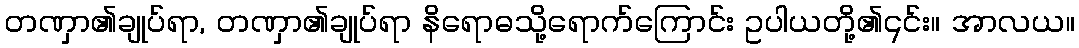
တဏှာ၏ချုပ်ရာ, တဏှာ၏ချုပ်ရာ နိရောဓသို့ရောက်ကြောင်း ဥပါယတို့၏၎င်း။ အာလယ။